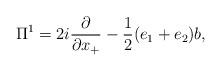
LaTeX: \begin{align*}{\Pi}^1 = 2i \frac{\partial}{\partial x_{+}} -\frac{1}{2} (e_1+e_2)b,\end{align*}